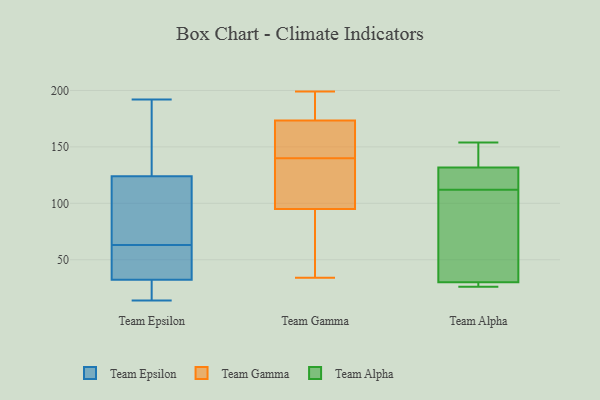
{"axis": {"x": "Net Income (USD K)", "y": "Value"}, "legend": ["Team Alpha", "Team Epsilon", "Team Gamma"], "data": [{"x": "", "y": 27, "type": "Team Epsilon"}, {"x": "", "y": 130, "type": "Team Epsilon"}, {"x": "", "y": 166, "type": "Team Epsilon"}, {"x": "", "y": 72, "type": "Team Epsilon"}, {"x": "", "y": 63, "type": "Team Epsilon"}, {"x": "", "y": 25, "type": "Team Epsilon"}, {"x": "", "y": 122, "type": "Team Epsilon"}, {"x": "", "y": 88, "type": "Team Epsilon"}, {"x": "", "y": 49, "type": "Team Epsilon"}, {"x": "", "y": 34, "type": "Team Epsilon"}, {"x": "", "y": 14, "type": "Team Epsilon"}, {"x": "", "y": 192, "type": "Team Epsilon"}, {"x": "", "y": 50, "type": "Team Epsilon"}, {"x": "", "y": 34, "type": "Team Gamma"}, {"x": "", "y": 180, "type": "Team Gamma"}, {"x": "", "y": 173, "type": "Team Gamma"}, {"x": "", "y": 169, "type": "Team Gamma"}, {"x": "", "y": 180, "type": "Team Gamma"}, {"x": "", "y": 99, "type": "Team Gamma"}, {"x": "", "y": 112, "type": "Team Gamma"}, {"x": "", "y": 74, "type": "Team Gamma"}, {"x": "", "y": 95, "type": "Team Gamma"}, {"x": "", "y": 83, "type": "Team Gamma"}, {"x": "", "y": 180, "type": "Team Gamma"}, {"x": "", "y": 111, "type": "Team Gamma"}, {"x": "", "y": 127, "type": "Team Gamma"}, {"x": "", "y": 159, "type": "Team Gamma"}, {"x": "", "y": 153, "type": "Team Gamma"}, {"x": "", "y": 95, "type": "Team Gamma"}, {"x": "", "y": 169, "type": "Team Gamma"}, {"x": "", "y": 174, "type": "Team Gamma"}, {"x": "", "y": 70, "type": "Team Gamma"}, {"x": "", "y": 199, "type": "Team Gamma"}, {"x": "", "y": 125, "type": "Team Alpha"}, {"x": "", "y": 154, "type": "Team Alpha"}, {"x": "", "y": 28, "type": "Team Alpha"}, {"x": "", "y": 36, "type": "Team Alpha"}, {"x": "", "y": 26, "type": "Team Alpha"}, {"x": "", "y": 134, "type": "Team Alpha"}, {"x": "", "y": 87, "type": "Team Alpha"}, {"x": "", "y": 149, "type": "Team Alpha"}, {"x": "", "y": 27, "type": "Team Alpha"}, {"x": "", "y": 125, "type": "Team Alpha"}, {"x": "", "y": 112, "type": "Team Alpha"}]}